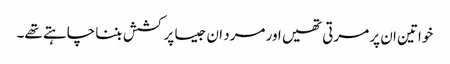
خواتین ان پر مرتی تھیں اور مرد ان جیسا پرکشش بننا چاہتے تھے۔